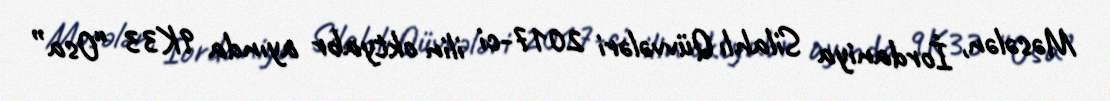
Məsələn, İordaniya Silahlı Qüvvələri 2017-ci ilin oktyabr ayında 9K33 “Osa”